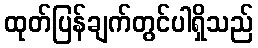
ထုတ်ပြန်ချက်တွင်ပါရှိသည်